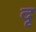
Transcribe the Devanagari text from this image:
दृ